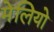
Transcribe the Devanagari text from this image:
मेलियो